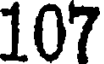
107